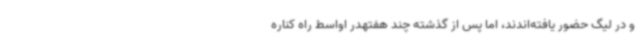
و در لیگ حضور یافته‌اندند، اما پس از گذشته چند هفتهدر اواسط راه کناره